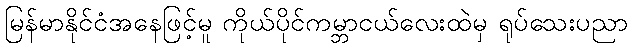
မြန်မာနိုင်ငံအနေဖြင့်မူ ကိုယ်ပိုင်ကမ္ဘာငယ်လေးထဲမှ ရုပ်သေးပညာ